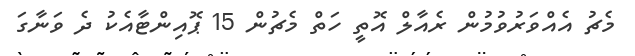
މެޗު އެއްވަރުވުމުން ރެއާލް އޮތީ ހަތް މެޗުން 15 ޕޮއިންޓާއެކު ދެ ވަނާގަ